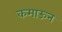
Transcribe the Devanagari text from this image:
कमाऊन